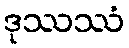
ဒုဿဿံ